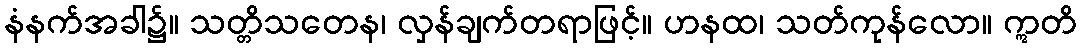
နံနက်အခါ၌။ သတ္တိသတေန၊ လှန်ချက်တရာဖြင့်။ ဟနထ၊ သတ်ကုန်လော။ ဣတိ